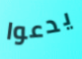
يدعوا